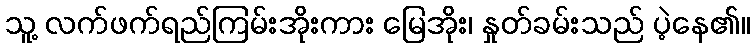
သူ့ လက်ဖက်ရည်ကြမ်းအိုးကား မြေအိုး၊ နှုတ်ခမ်းသည် ပဲ့နေ၏။